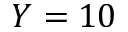
Y = 1 0